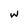
Character: w